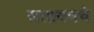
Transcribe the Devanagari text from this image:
सत्तावनचे